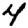
Digit: 4